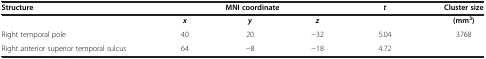
<table><thead><tr><td><b>Structure</b></td><td colspan="3"><b>MNI coordinate</b></td><td><b><i>t</i></b></td><td><b>Cluster size</b></td></tr></thead><tbody><tr><td> </td><td><b><i>x</i></b></td><td><b><i>y</i></b></td><td><b><i>z</i></b></td><td> </td><td><b>(mm</b><sup><b>3</b></sup><b>)</b></td></tr><tr><td>Right temporal pole</td><td>40</td><td>20</td><td>−32</td><td>5.04</td><td>3768</td></tr><tr><td>Right anterior superior temporal sulcus</td><td>64</td><td>−8</td><td>−18</td><td>4.72</td><td> </td></tr></tbody></table>